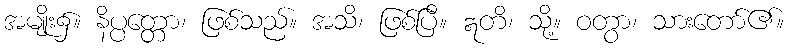
အမျိုး၌။ နိပ္ပတ္တော၊ ဖြစ်သည်။ အသိ၊ ဖြစ်ပြီ။ ဣတိ၊ သို့။ ဝတွာ၊ သားတော်၏။